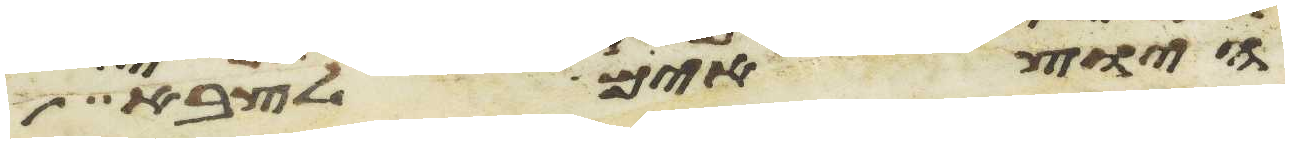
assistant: היוצאים לצבא